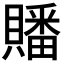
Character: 𮚤